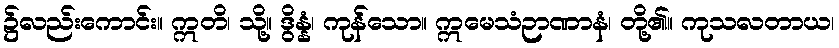
၌လည်းကောင်း။ ဣတိ၊ သို့။ ဒွိန္နံ၊ ကုန်သော။ ဣမေသံဉာဏာနံ၊ တို့၏။ ကုသလတာယ၊